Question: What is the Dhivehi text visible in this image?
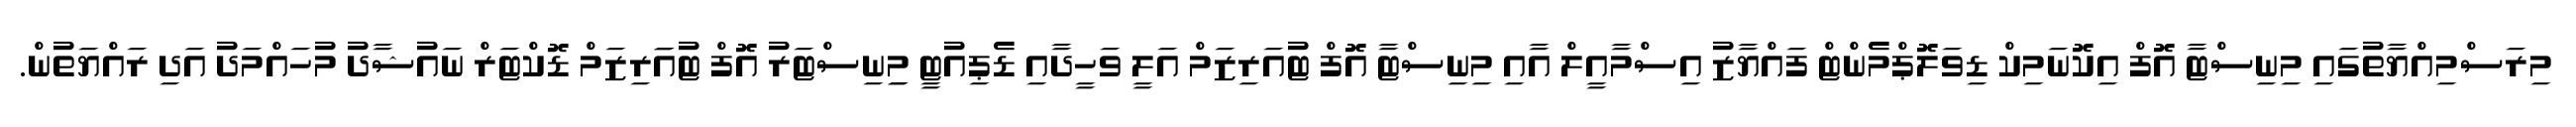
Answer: މިރަސްމިއްޔާތުގައި މިނިސްޓާ އޮފް އިކޮނަމިކް ޑިވަލޮޕްމެންޓް ފައްޔާޒު އިސްމާއީލް އާއި މިނިސްޓާ އޮފް ޓުއަރިޒަމް އަލީ ވަހީދާއި ޑެޕިއުޓީ މިިނިސްޓަރު އޮފް ޓުއަަރިޒަމް ޑޮކްޓަރް ނައުޝާދު މުހައްމަދު އަދި ރައްޔަތުން.